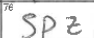
Transcription: SPZ